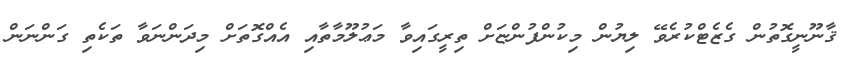
ޤާނޫނީގޮތުން ގެޒެޓްކުރެވޭ ލިޔުން މިކުންފުންޏަށް ތިރީގައިވާ މަޢުލޫމާތާއި އެއްގޮތަށް މިދަންނަވާ ތަކެތި ގަންނަން